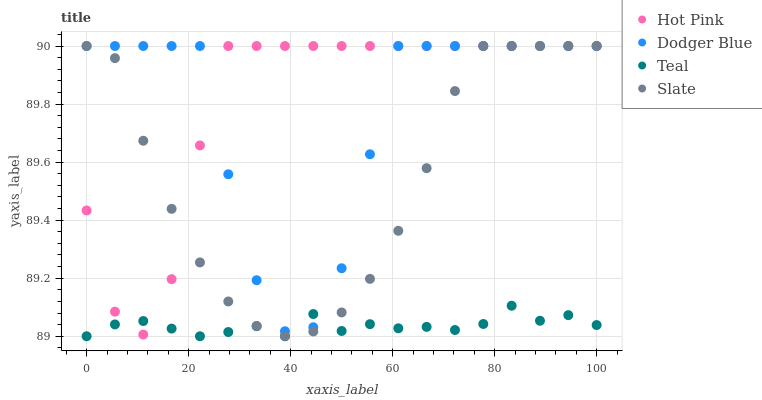
| xaxis_label | Hot Pink | Dodger Blue | Teal | Slate |
 | --- | --- | --- | --- | --- |
 | 0 | 89.4 | 90 | 89 | 90 |
 | 5.56 | 89.1 | 90 | 89 | 90 |
 | 11.1 | 89 | 90 | 89.1 | 89.7 |
 | 16.7 | 89.2 | 90 | 89 | 89.4 |
 | 22.2 | 89.7 | 90 | 89 | 89.3 |
 | 27.8 | 90 | 89.6 | 89 | 89.1 |
 | 33.3 | 90 | 89.2 | 89 | 89 |
 | 38.9 | 90 | 89 | 89 | 89 |
 | 44.4 | 90 | 89 | 89.1 | 89 |
 | 50 | 90 | 89.2 | 89 | 89.1 |
 | 55.6 | 90 | 89.6 | 89 | 89.2 |
 | 61.1 | 90 | 90 | 89 | 89.4 |
 | 66.7 | 90 | 90 | 89 | 89.6 |
 | 72.2 | 90 | 90 | 89 | 89.8 |
 | 77.8 | 90 | 90 | 89 | 90 |
 | 83.3 | 90 | 90 | 89.1 | 90 |
 | 88.9 | 90 | 90 | 89.1 | 90 |
 | 94.4 | 90 | 90 | 89.1 | 90 |
 | 100 | 90 | 90 | 89 | 90 |